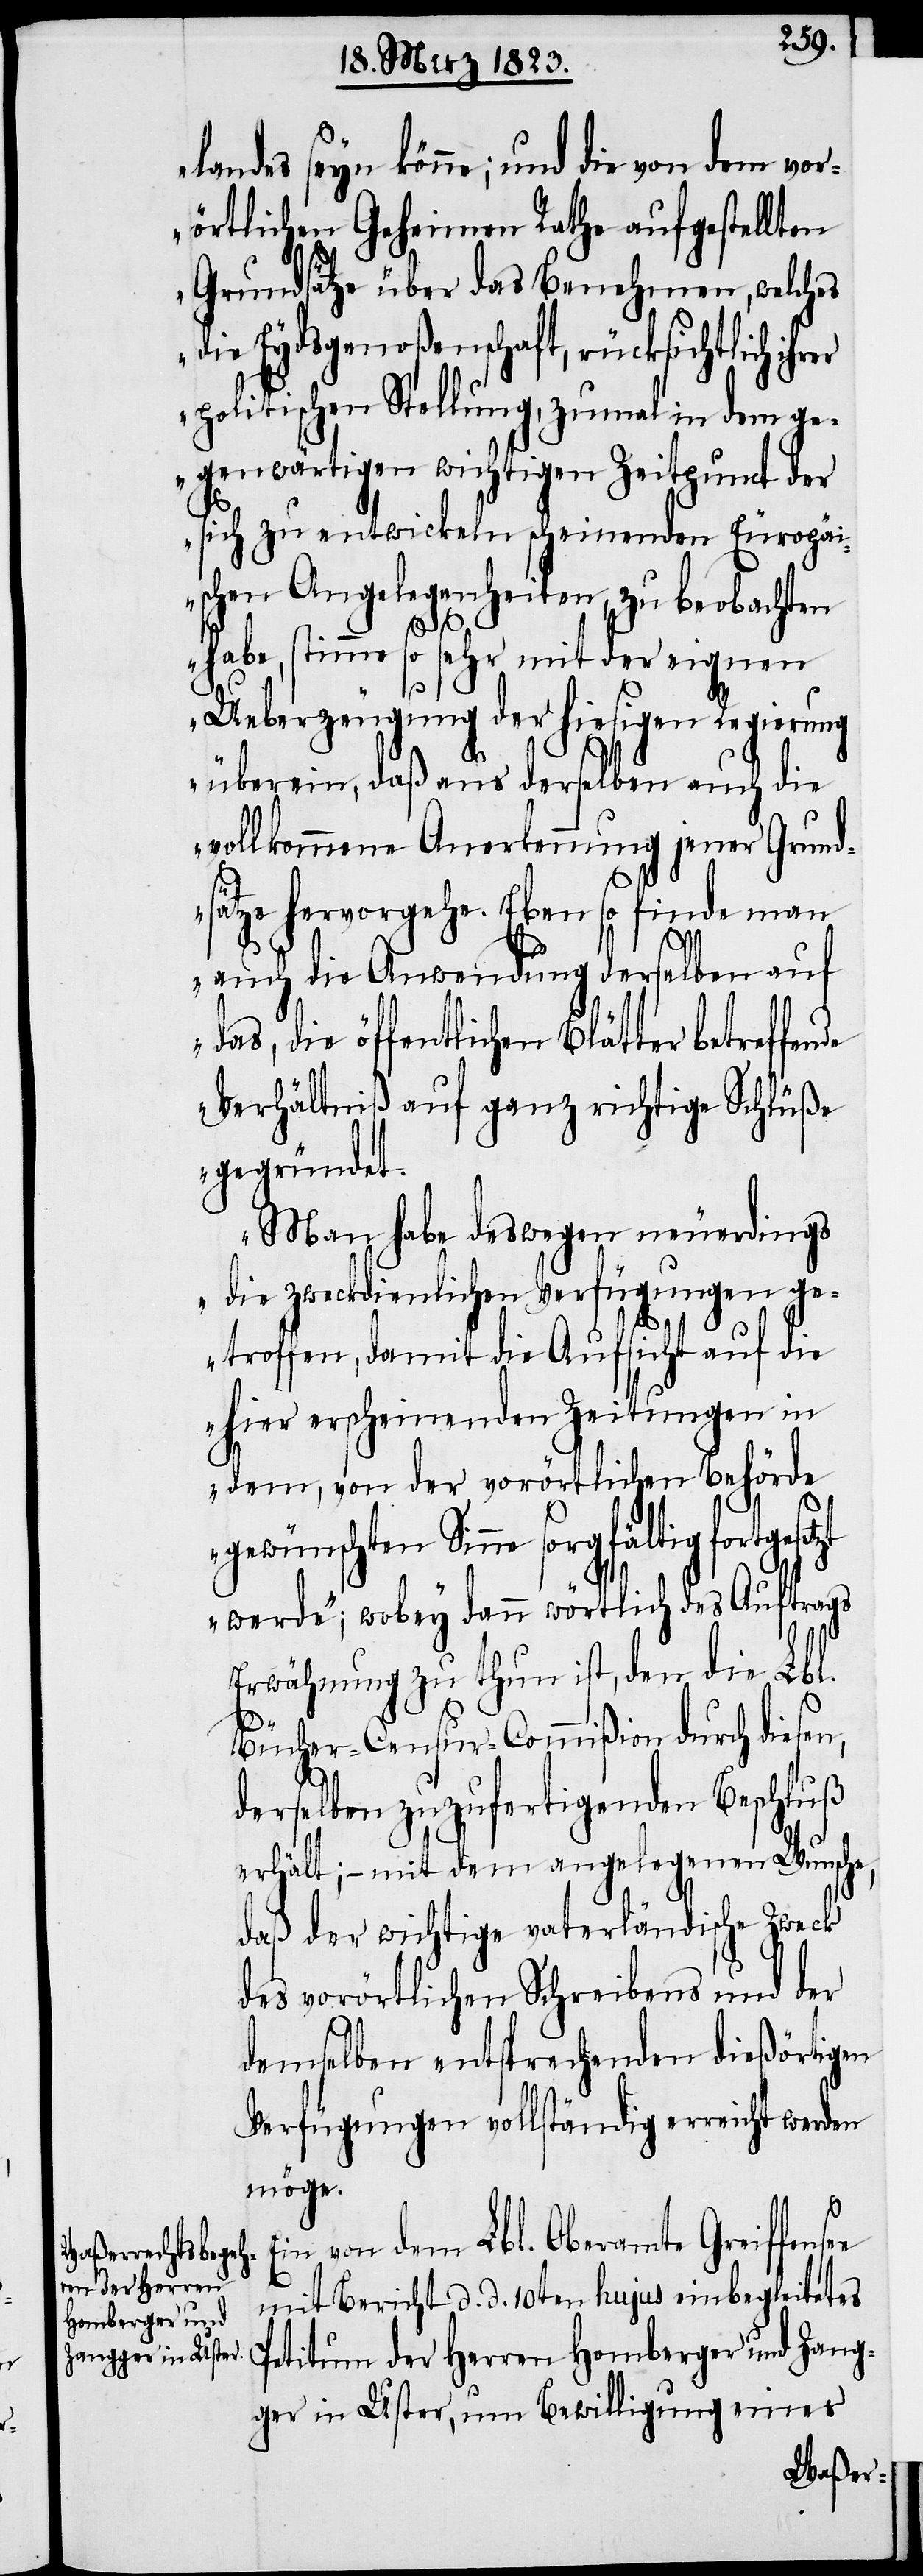
landes seyn könne; und die von dem vor¬
örtlichen Geheimen Rathe aufgestellten
Grundsätze über das Benehmen, welches
die Eydsgenoßenschaft, rücksichtlich ihr¬
politischen Stellung, zumal in dem ge¬
genwärtigen wichtigen Zeitpunct der
sich zu entwickeln scheinenden Europäi¬
schen Angelegenheiten, zu beobachten
habe, stimme so sehr mit der eignen
Ueberzeugung der hiesigen Regierung
überein, daß aus derselben auch die
vollkommene Anerkennung jener Grund¬
sätze hervorgehe. Eben so finde man
e
auch die Anwendung derselben auf
das, die öffentlichen Blätter betreffende
Verhältniß auf ganz richtige Schlüße
gegründet.
Man habe deswegen neuerdings
die zweckdienlichen Verfügungen ge¬
troffen, damit die Aufsicht auf die
hier erscheinenden Zeitungen in
dem, von der vorörtlichen Behörde
ltig fortgesetzt
werde“; wobey dann wörtlich des Auftrags
Erwähnung zu thun ist, den die Lbl.
Bücher-Censur-Commißion durch diesen,
derselben zuzufertigenden Beschluß
erhält; – mit dem angelegenen Wunsche,
daß der wichtige vaterländische Zweck
des vorörtlichen Schreibens und der
demselben entsprechenden dießörtigen
Verfügungen vollständig erreicht werden
möge.
Ein von dem Lbl. Oberamte Greiffense¬
mit Bericht d. d. 10ten hujus einbegleitetes
Petitum der Herren Homberger und Zang¬
ger in Uster, um Bewilligung eines